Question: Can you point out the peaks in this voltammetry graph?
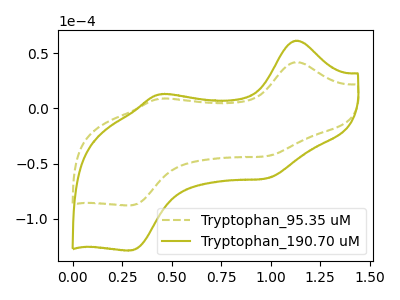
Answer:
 <answer>The olive dashed curve "Tryptophan_95.35 uM" has anodic peaks at (1.15V, 41.80uA) (0.45V, 8.65uA) and cathodic peaks at (1.00V, -43.20uA) (0.30V, -87.85uA). The olive curve "Tryptophan_190.70 uM" has anodic peaks at (1.15V, 61.20uA) (0.45V, 12.65uA) and cathodic peaks at (1.00V, -63.25uA) (0.30V, -128.65uA).</answer>
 <eval></eval>